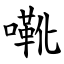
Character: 㗾